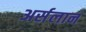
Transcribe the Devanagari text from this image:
अर्सलान